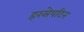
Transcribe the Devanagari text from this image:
हरसेपटिन